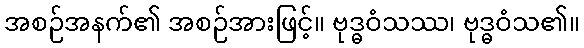
အစဉ်အနက်၏ အစဉ်အားဖြင့်။ ဗုဒ္ဓဝံသဿ၊ ဗုဒ္ဓဝံသ၏။